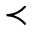
\prec